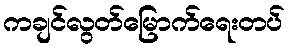
ကချင်လွတ်မြောက်ရေးတပ်